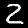
Digit: 2